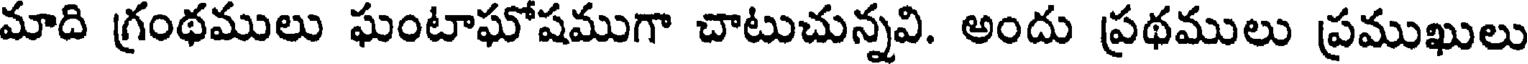
మాది గ్రంథములు ఘంటాఘోషముగా చాటుచున్నవి. అందు ప్రథములు ప్రముఖులు